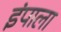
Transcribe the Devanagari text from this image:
इंपाला